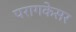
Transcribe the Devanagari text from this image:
परागकेसर